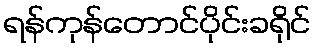
ရန်ကုန်တောင်ပိုင်းခရိုင်